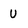
Character: u